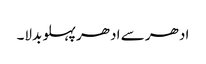
ادھر سے ادھر پہلو بدلا۔